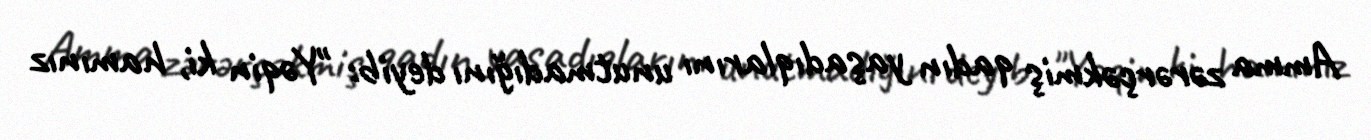
Amma zərərçəkmiş qadın yaşadıqlarını unutmadığını deyib: "Yəqin ki, hamınız